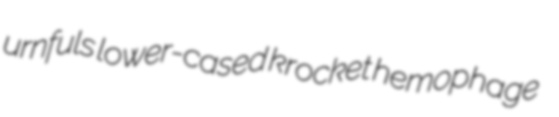
urnfuls lower-cased krocket hemophage